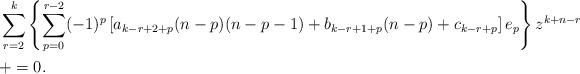
LaTeX: \begin{align*} & \sum_{r=2}^k \left\{\sum_{p=0}^{r-2} (-1)^p \left[a_{k-r+2+p} (n-p)(n-p-1) + b_{k-r+1+p} (n-p) + c_{k-r+p}\right] e_p\right\} z^{k+n-r} \\ & + = 0.\end{align*}